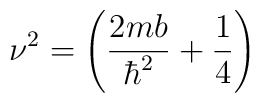
\nu ^2  =  \left( \frac{2mb}{\hbar^2}   +\frac{1}{4}  \right)